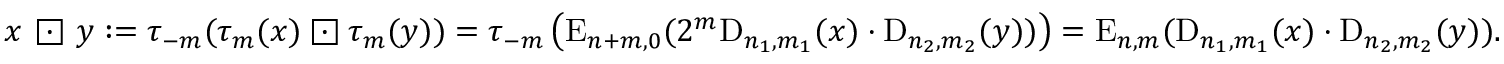
x \ { \boxdot } \ y : = \tau _ { - m } ( \tau _ { m } ( x ) \boxdot \tau _ { m } ( y ) ) = \tau _ { - m } \left( \mathrm { E } _ { n + m , 0 } ( 2 ^ { m } \mathrm { D } _ { n _ { 1 } , m _ { 1 } } ( x ) \cdot \mathrm { D } _ { n _ { 2 } , m _ { 2 } } ( y ) ) \right) = \mathrm { E } _ { n , m } ( \mathrm { D } _ { n _ { 1 } , m _ { 1 } } ( x ) \cdot \mathrm { D } _ { n _ { 2 } , m _ { 2 } } ( y ) ) .